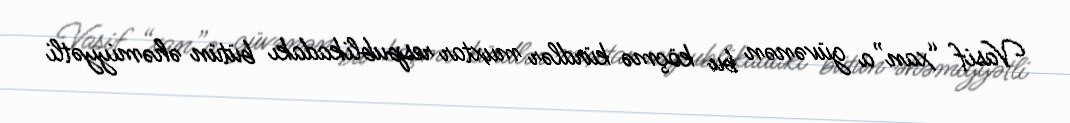
Vasif “xan”a güvənən bu köçmə kürdlər muxtar respublikadakı bütün əhəmiyyətli